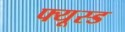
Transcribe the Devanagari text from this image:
फ्यूस्ड